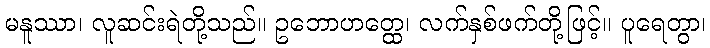
မနူဿာ၊ လူဆင်းရဲတို့သည်။ ဥဘောဟတ္ထေ၊ လက်နှစ်ဖက်တို့ဖြင့်။ ပူရေတွာ၊